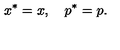
x ^ { \ast } = x , \quad p ^ { \ast } = p .